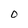
Character: O